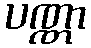
ပဏ္ဏာ